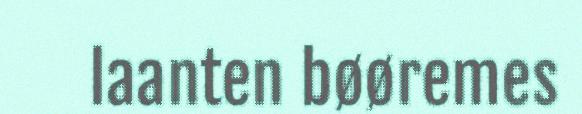
laanten bøøremes